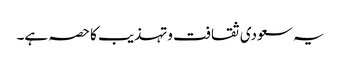
یہ سعودی ثقافت وتہذیب کا حصہ ہے۔